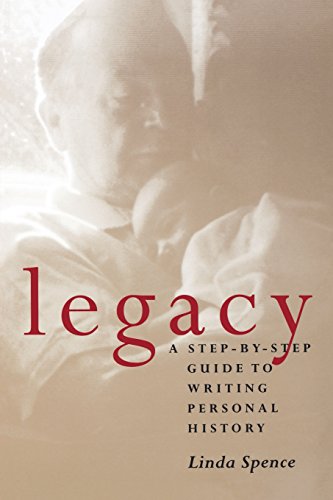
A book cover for Legacy : A Step-By-Step Guide to Writing Personal History; Linda Spence; Biographies & Memoirs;